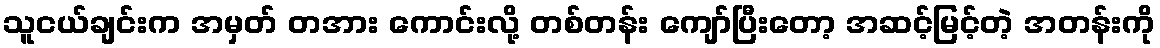
သူငယ်ချင်းက အမှတ် တအား ကောင်းလို့ တစ်တန်း ကျော်ပြီးတော့ အဆင့်မြင့်တဲ့ အတန်းကို